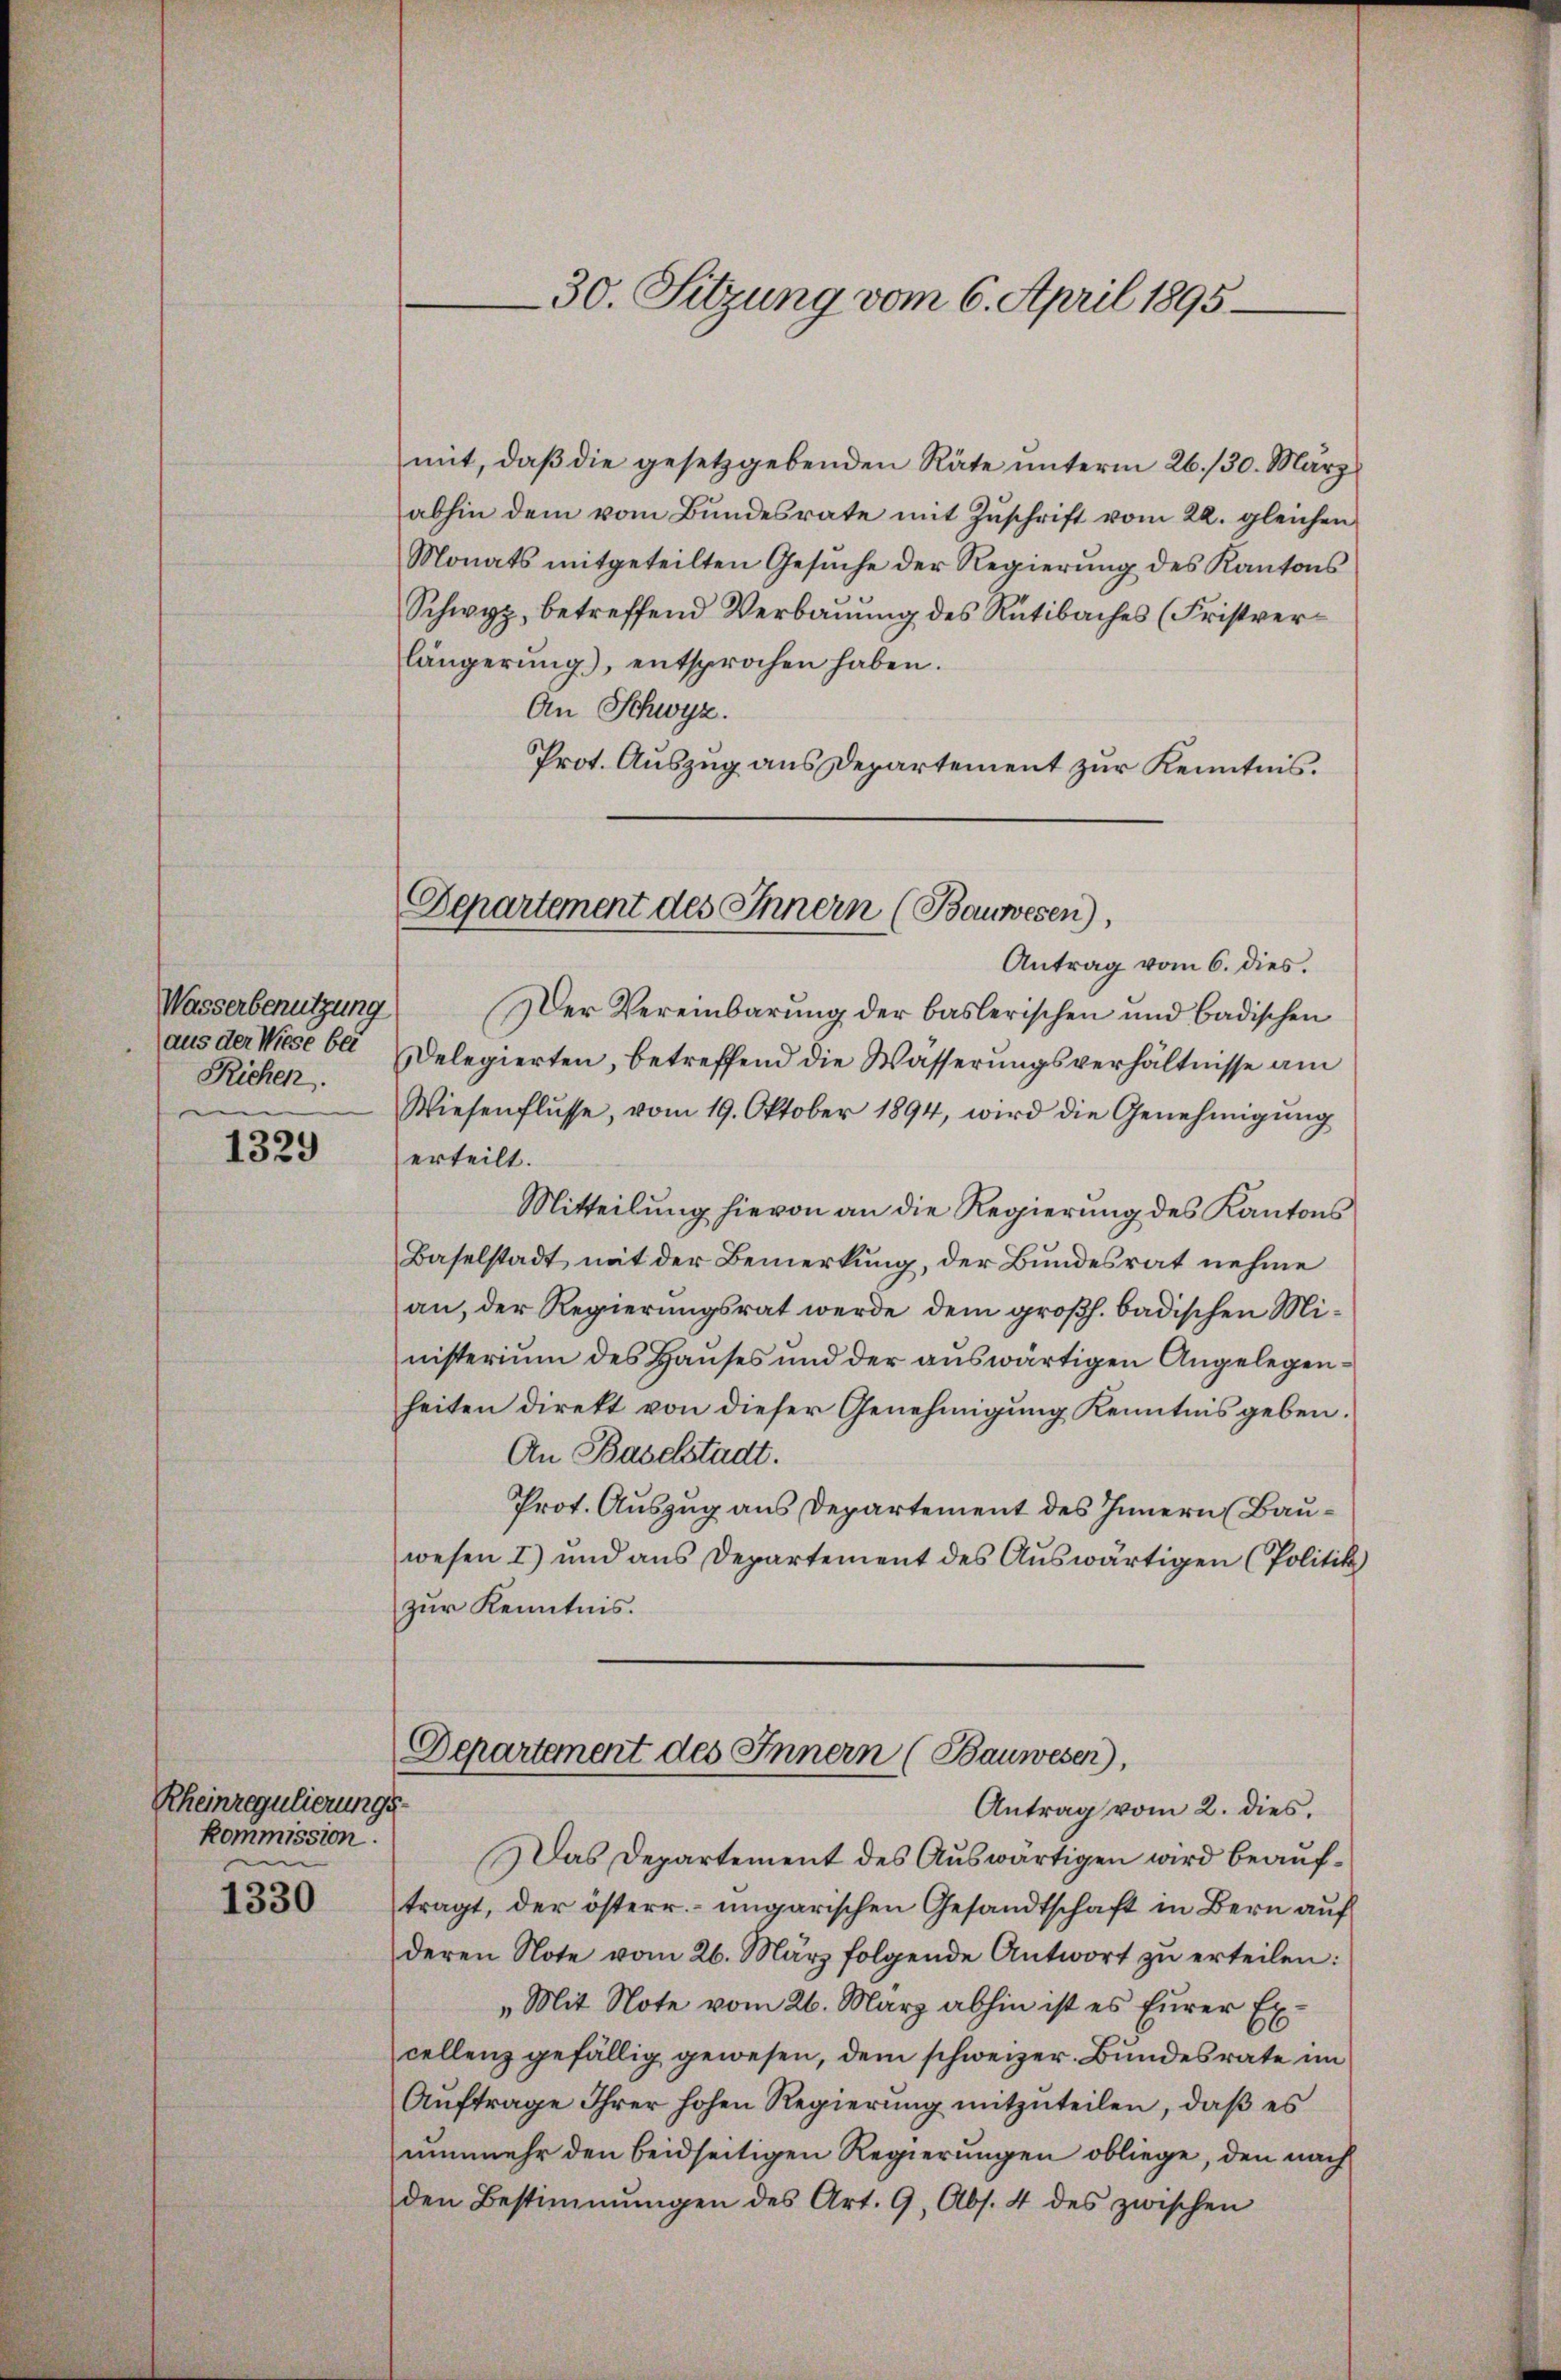
Wasserbenutzung
aus der Wiese bei
Richen.

1329

Rheinregulierungs-
Kommission.
in

1330

mit, daß die gesetzgebenden Räte unterm 26./30. März
abhin dem vom Bundesrate mit Zuschrift vom 22. gleichen
Monats mitgeteilten Gesŭche der Regierung des Kantons
Schwyz, betreffend Verbauung des Rütibaches (Fristverlängerung), entsprochen haben.
An Schwyz.
Prot. Auszug aus Departement zur Kenntnis.
Antrag vom 6. dies.
Der Vereinbarung der baslerischen und badischen
Delegierten, betreffend die Wasserungsverhältnisse am
Wiesenflüsse, vom 19. Oktober 1894, wird die Genehmigŭng
erteilt.
Mitteilung hievon an die Regierung des Kantons
Baselstadt mit der Bemerkung, der Bundesrat nehme
an, der Regierungsrat werde dem großh. badischen Ministerium des Hauses und der auswärtigen Angelegenheiten direkt von dieser Genehmigung Kenntnis geben.
An Baselstadt.
Prot. Auszug aus Departement des Innern Bauwesen I) und aus Departement des Auswärtigen (Politik)
zur Kenntnis.
Departement des Innern (Bauwesen),
Antrag vom 2. dies.
Das Departement des Auswärtigen wird beauftragt, der österr.-ungarischen Gesandtschaft in Bern auf
deren Note vom 26. März folgende Antwort zŭ erteilen:
„Mit Note vom 26. März abhin ist es Eurer Excellenz gefällig gewesen, dem schweizer. Bundesrate im
Aŭftrage Ihrer hohen Regierŭng mitzŭteilen, daβ es
nunmehr den beidseitigen Regierungen obliege, den nach
den Bestimmungen des Art. 9, Abs. 4 des zwischen

30. Sitzung vom 6. April 1895

Departement des Innern (Bauwesen),